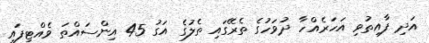
އަދި ފާއިތުވި އަހަރެއްހާ ދުވަހުގެ ތެރޭގައި ތެލުގެ އަގު 45 އިންސައްތަ ވެއްޓިފައި